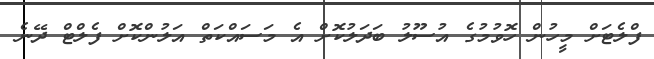
ފްލެޓަށް މީހުން ހޮވުމުގެ އުސޫލު ބަދަލުކޮށް އެ މަސައްކަތް އަލުންކޮށް ފެލްޓް ދޭނެ